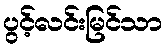
ပွင့်လင်းမြင်သာ